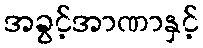
အခွင့်အာဏာနှင့်